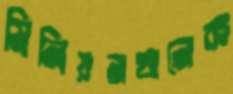
মিলিয়নখানেক